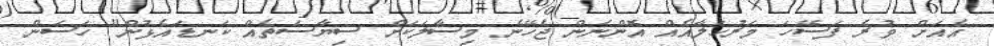
އެއަށް ވުރެ ފަސޭހަ މަރުހަލާއެއް އޮންނަން ޖެހޭނެ މިސާލަކަށް ސިޔާސަތެއް ކަނޑައެޅުން" ހަސަން